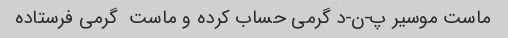
ماست موسیر پ-ن-د گرمی حساب کرده و ماست  گرمی فرستاده